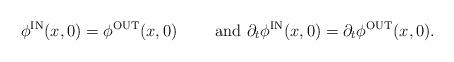
LaTeX: \begin{align*}\phi^{\rm IN}(x,0) = \phi^{\rm OUT}(x,0) \qquad\mbox{ and }\partial_t \phi^{\rm IN}(x,0) = \partial_t\phi^{\rm OUT}(x,0).\end{align*}